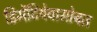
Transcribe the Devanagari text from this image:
डिमेंटियेवासोबत